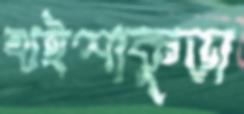
খইশাকুড়া